Medical and sanitary report of the native army of Bengal for the year
Year: 1878
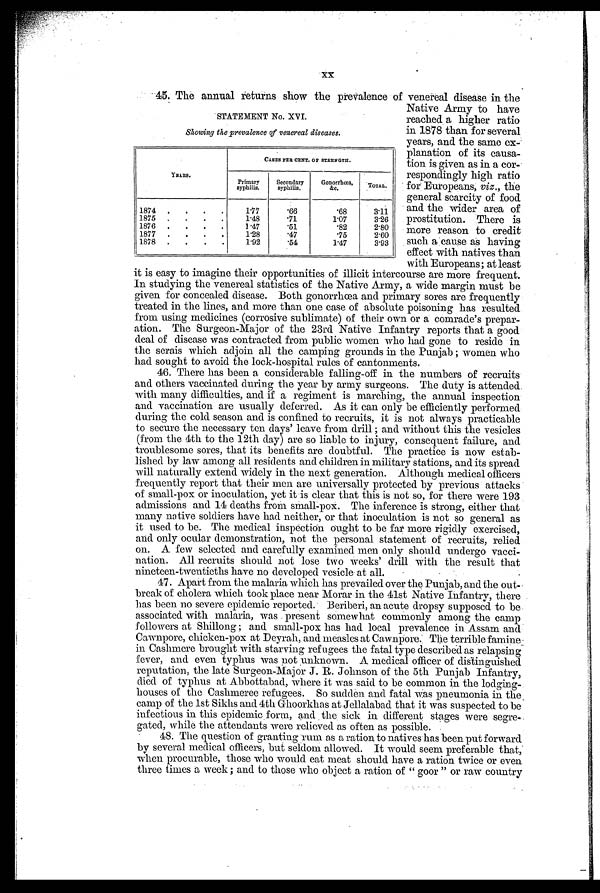
STATEMENT No. XVI
Showing the prevalence of venereal diseases.
CASES PER OENT. OF STRENGTH.
YEARS.
Primary
syphilis.
Secondary
syphilis.
Gonorrhœa,
&c.
TOTAL.
1874
.
.
.
.
1.77
.66
.68
3.11
1875
.
. . .
1.48
.71
1.07
3.26
1876
.
. . .
1.47
.51
.82
2;.80
1877
.
. . .
1.28
.47
.75
2.60
1878
.
.
. .
1.92
.54
1.47
3.93
XX
45. The annual returns show the prevalence of venereal disease in the
Native Army to have
reached a higher ratio
in 1878 than for several
years, and the same ex-
planation of its causa-
tion is given as in a cor-
respondingly high ratio
for Europeans, viz. , the
general scarcity of food
and the wider area of
prostitution. There is
more reason to credit
such a cause as having
effect with natives than
with Europeans; at least
it is easy to imagine their opportunities of illicit intercourse are more frequent.
In studying the venereal statistics of the Native Army, a wide margin must be
given for concealed disease. Both gonorrhœa and primary sores are frequently
treated in the lines, and more than one case of absolute poisoning has resulted
from using medicines (corrosive sublimate) of their own or a comrade's prepar-
ation. The Surgeon-Major of the 23rd Native Infantry reports that a good
deal of disease was contracted from public women who had gone to reside in
the serais which adjoin all the camping grounds in the Punjab; women who
had sought to avoid the lock-hospital rules of cantonments.
46. There has been a considerable falling-off in the numbers of recruits
and others vaccinated during the year by army surgeons. The duty is attended
with. many difficulties, and if a regiment is marching, the annual inspection
and vaccination are usually deferred. As it can only be efficiently performed
during the cold season and is confined to recruits, it is not always practicable
to secure the necessary ten days' leave from drill ; and without this the vesicles
(from the 4th to the 12th day) are so liable to injury, consequent failure, and
troublesome sores, that its benefits are doubtful. The practice is now estab-
lished by law among all residents and children in military stations, and its spread
will naturally extend widely in the next generation. Although medical officers
frequently report that their men are universally protected by previous attacks
of small-pox or inoculation, yet it is clear that this is not so, for there were 193
admissions and 14 deaths from small-pox. The inference is strong, either that
many native soldiers have had neither, or that inoculation is not so general as
it used to be. The medical inspection ought to be far more rigidly exercised,
and only ocular demonstration, not the personal statement of recruits, relied
on. A few selected. and carefully examined men only should undergo vacci-
nation. All recruits should not lose two weeks' drill with the result that
nineteen-twentieths have no developed vesicle at all.
47. Apart from the malaria which has prevailed over the Punjab, and the out-
break of cholera which took place near Morar in the 41st Native Infantry, there
has been no severe epidemic reported. Beriberi, an acute dropsy supposed to be
associated with malaria, was present somewhat commonly among the camp
followers at Shillong; and small-pox has had local prevalence in Assam and
Cawnpore, chicken-pox at Deyrah, and measles at Cawnpore. The terrible famine
in Cashmere brought with starving refugees the fatal type described as relapsing
fever, and even typhus was not unknown. A medical officer of distinguished
reputation, the late Surgeon-Major J. R. Johnson of the 5th Punjab Infantry,
died of typhus at Abbottabad, where it was said to be common in the lodging-
houses of the Cashmeree refugees. So sudden and fatal was pneumonia in the
camp of the 1st Sikhs and 4th G-hoorkhas at Jellalabad that it was suspected to be
infectious in this epidemic form, and the sick in different stages were segre-
gated, while the attendants were relieved as often as possible.
48. The question of granting rum as a ration to natives has been put forward
by several medical officers, but seldom allowed. It would seem preferable that,
when procurable, those who would eat meat should have a ration twice or even
three times a week; and to those who object a ration of " goor " or raw country